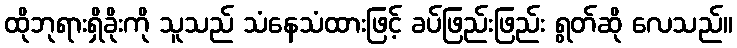
ထိုဘုရားရှိခိုးကို သူသည် သံနေသံထားဖြင့် ခပ်ဖြည်းဖြည်း ရွတ်ဆို လေသည်။